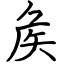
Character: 矦